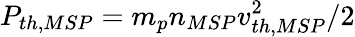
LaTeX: P_{th,MSP}=m_{p}n_{MSP}v_{th,MSP}^{2}/2